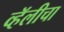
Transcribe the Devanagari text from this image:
व्हॅलीचा